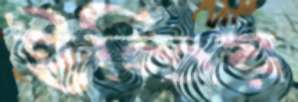
ইন্দ্রিয়